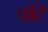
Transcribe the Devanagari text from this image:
पटि